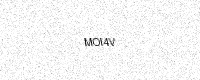
Text: MOI4V